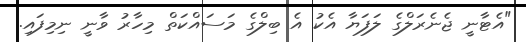
"އެޓާނީ ޖެނެރަލްގެ ލަފަޔާ އެކު އެ ބިލްގެ މަސައްކަތް މިހާރު ވާނީ ނިމިފައި.